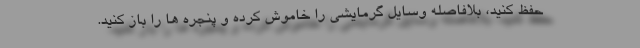
حفظ کنید، بلافاصله وسایل گرمایشی را خاموش کرده و پنجره ها را باز کنید.